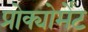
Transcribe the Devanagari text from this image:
प्रोक्योर्मेंट